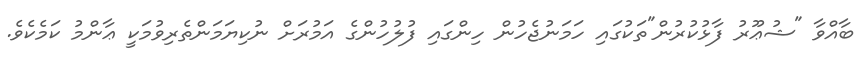
ބާއްވާ "ޝުޢޫރު ފާޅުކުރުން"ތަކުގައި ހަމަނުޖެހުން ހިންގައި ފުލުހުންގެ އަމުރަށް ނުކިޔަމަންތެރިވުމަކީ ޢާންމު ކަމެކެވެ.